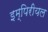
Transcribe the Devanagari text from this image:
इम्पिरीयल